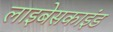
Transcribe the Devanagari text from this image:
लाइबेसकाइंड